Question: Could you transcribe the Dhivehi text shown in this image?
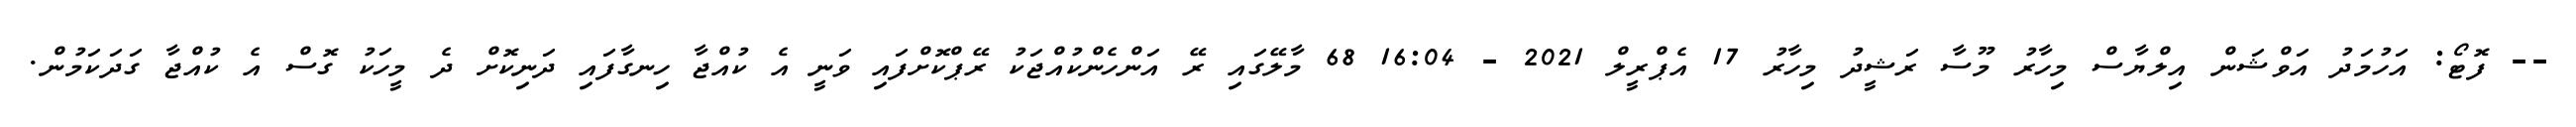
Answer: -- ފޮޓޯ: އަހުމަދު އަވްޝަން އިލްޔާސް މިހާރު މޫސާ ރަޝީދު މިހާރު 17 އެޕްރީލް 2021 - 16:04 68 މާލޭގައި ރޭ އަންހެންކުއްޖަކު ރޭޕްކޮށްފައި ވަނީ އެ ކުއްޖާ ހިނގާފައި ދަނިކޮށް ދެ މީހަކު ގޮސް އެ ކުއްޖާ ގަދަކަމުން.